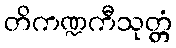
တိကဏ္ဍကီသုတ္တံ